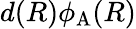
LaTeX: d(R)\phi_{\mathrm{A}}(R)